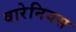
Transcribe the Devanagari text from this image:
वारेनियस